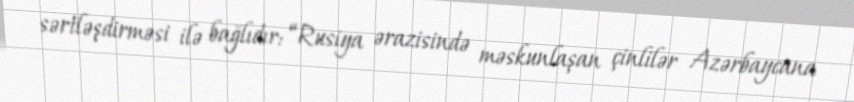
sərtləşdirməsi ilə bağlıdır: “Rusiya ərazisində məskunlaşan çinlilər Azərbaycana